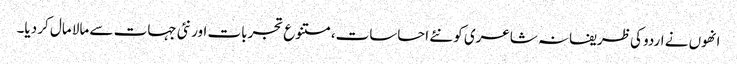
انھوں نے اردو کی ظریفانہ شاعری کو نئے احساسات،متنوع تجربات اور نئی جہات سے مالا مال کر دیا۔